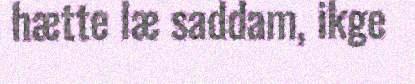
hætte læ saddam, ikge